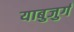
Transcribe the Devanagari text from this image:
याबुजुर्ग